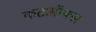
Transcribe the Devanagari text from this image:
कटऑफ्स